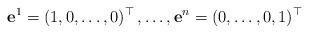
LaTeX: \begin{align*} \mathbf{e}^1=(1,0,\ldots,0)^\top\, ,\ldots, \mathbf{e}^n=(0,\ldots,0,1)^\top \end{align*}